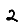
Digit: 2